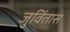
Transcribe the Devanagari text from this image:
जुविंतास